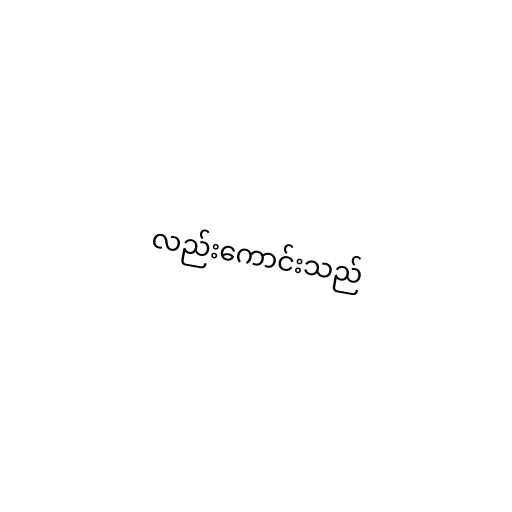
လည်းကောင်းသည်